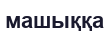
машыққа